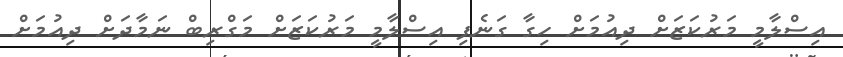
އިސްލާމީ މަރުކަޒަށް ދިއުމަށް ހިގާ ގަނެފި އިސްލާމީ މަރުކަޒަށް މަގްރިބް ނަމާދަށް ދިއުމަށް